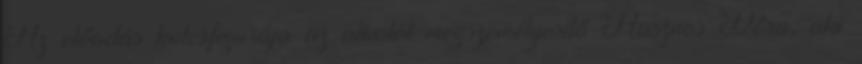
Az előadás kulcsfigurája az alkotót megszemélyesítő Hasznos Dóra, aki